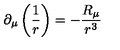
\partial _ { \mu } \left( \frac 1 r \right) = - \frac { R _ { \mu } } { r ^ { 3 } }